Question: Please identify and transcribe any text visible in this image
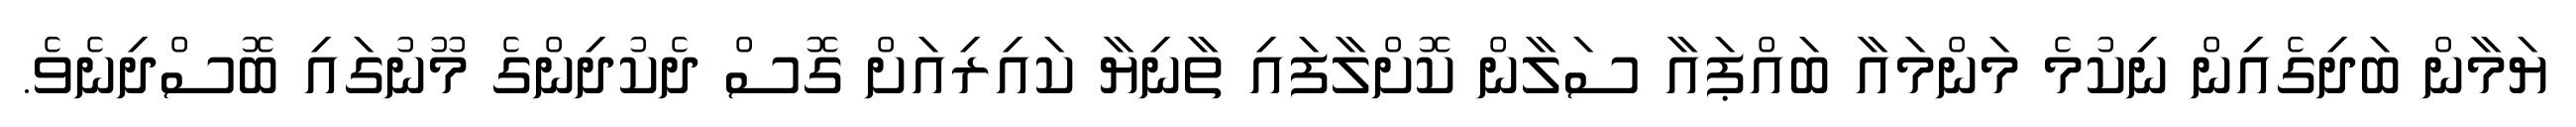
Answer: ޔަމާން ބަދިގެއިން ނިކުމެ މަންމައާ ބައްޕައާ ސަލާން ކޮށްލާފައި ތާނިޔާ ކައިރިއަށް ގޮސް ދެކުދިންގެ މޫނުގައި ބޮސްދިނެވެ.